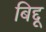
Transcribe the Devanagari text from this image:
बिद्दू